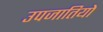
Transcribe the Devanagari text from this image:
उपजातियो